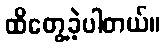
ထိတွေ့ခဲ့ပါတယ်။